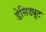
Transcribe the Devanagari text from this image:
डेसिड्यूट